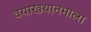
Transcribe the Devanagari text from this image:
वयाखयानमाला